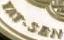
YAT.SEN